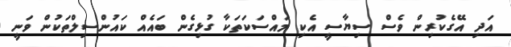
އަދި އޭގެކުރިން ވެސް ސިޔާސީ އެކި މައްސަކަތަކާ ގުޅިގެން ބައެއް ކައުންސިލްތަކުން ވަނީ